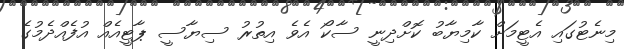
މިނެޓުގައި އެޓީމަށް ކާމިޔާބު ކޮށްދިނީ ސާކޯ އެވެ އިތުރު ސިޔާސީ ޕާޓީއެއް އުފެއްދެމުގެ